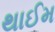
થાઈમ